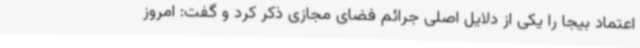
اعتماد بیجا را یکی از دلایل اصلی جرائم فضای مجازی ذکر کرد و گفت: امروز